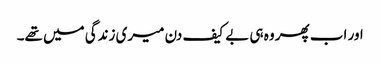
اور اب پھر وہ ہی بے کیف دن میری زندگی میں تھے۔